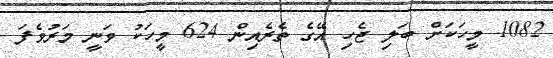
1082 މީހަކަށް ބަލި ޖެހި އޭގެ ތެރެއިން 624 މީހަކު ވަނީ މަރުވެފަ